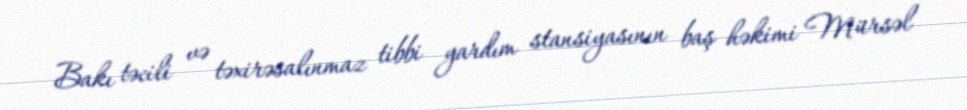
Bakı təcili və təxirəsalınmaz tibbi yardım stansiyasının baş həkimi Mürsəl